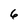
Character: 6